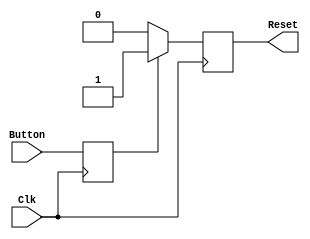
/**
 *  Every time the button is pressed, the internal count is reset to 0
 *  and the Reset output is set to 1. When count is about to overflow,
 *  Reset is set to 0. At all other timesteps, increment Count and
 *  hold Reset to 1.
 **/

module Delay_Reset(input Clk,
                   input Button,
                   output reg Reset);
    //------------------------------------------------------------------------------
    reg LocalReset;
    reg [18:0]Count;
    // Assume Count is null on FPGA configuration
    //------------------------------------------------------------------------------
    always @(posedge Clk) begin
        // Activates every clock edge
        LocalReset <= Button;
        // Localise the reset signal
        if (LocalReset) begin
            // Reset block
            Count <= 0;
            // Reset Count to 0
            Reset <= 1'b1;
            // Reset the output to 1
        end
        else if (&Count) begin
            // When Count is all ones...
            Reset <= 1'b0;
            // Release the output signal
            // Count remains unchanged
            // And do nothing else
        end
        else begin
            // Otherwise...
            Reset <= 1'b0;
            // Make sure the output signal is high
            Count <= Count + 1'b1;
            // And increment Count
        end
    end
    // always
    //------------------------------------------------------------------------------
endmodule